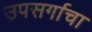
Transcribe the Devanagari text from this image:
उपसर्गाचा